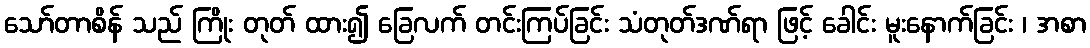
သော်တာစိန် သည် ကြိုး တုတ် ထား၍ ခြေလက် တင်းကြပ်ခြင်း သံတုတ်ဒဏ်ရာ ဖြင့် ခေါင်း မူးနောက်ခြင်း ၊ အစာ